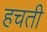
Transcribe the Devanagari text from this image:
हचती